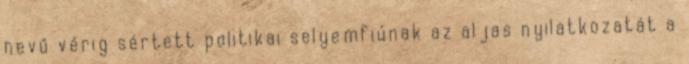
nevű vérig sértett politikai selyemfiúnak az aljas nyilatkozatát a